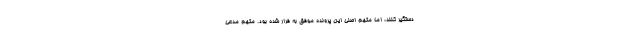
دستگیر کنند، اما متهم اصلی این پرونده موفق به فرار شده بود. متهم مدعی